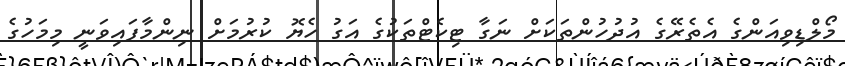
މޯލްޑިވިއަންގެ އެތެރޭގެ އުދުހުންތަކަށް ނަގާ ޓިކެޓްތަކުގެ އަގު ހެޔޮ ކުރުމަށް ނިންމާފައިވަނީ މިމަހުގެ